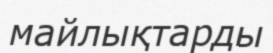
майлықтарды